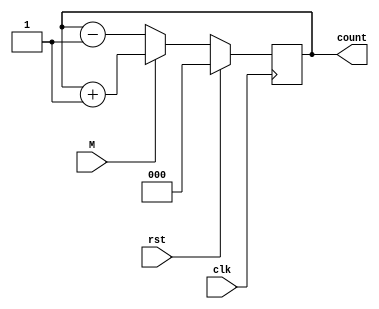
module UP_DOWN_Cntr(clk,rst,M,count);
input clk,rst,M;
output reg [2:0] count;
always@(negedge clk)
begin
    if(rst)
    count=0;
    else if(M==1)
    count=count+1;
    else
    count=count-1;
end
endmodule